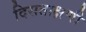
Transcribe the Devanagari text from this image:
दिसताक्षणी